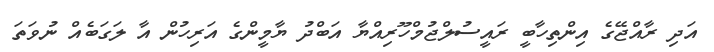
އަދި ރާއްޖޭގެ އިންތިހާބީ ރައީސުލްޖުމްހޫރިއްޔާ އަބްދު ޔާމީންގެ އަރިހުން އާ ލަގަބެއް ނުވަތަ